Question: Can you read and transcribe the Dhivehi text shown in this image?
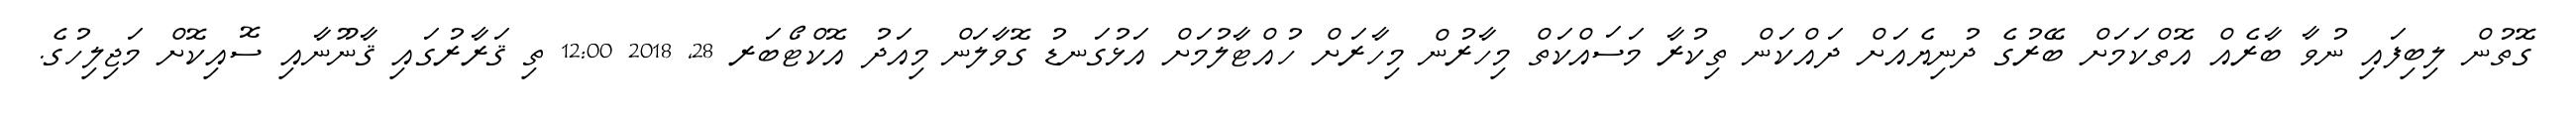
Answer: ގޮތުން ލިބިފައި ނުވާ ބާރެއް އޮތްކަމަށް ބޭރުގެ ދުނިޔެއަށް ދައްކަން ތިކުރާ މަސައްކަތް މިހާރުން މިހާރަށް ހުއްޓާލުމަށް އަޅުގަނޑު ގޮވާލަން މިއަދު އޮކްޓޯބަރ 28, 2018 12:00 ތި ޤަރާރުގައި ޤާނޫނާއި ސޮއިކޮށް މަޖިލިހުގެ.